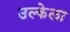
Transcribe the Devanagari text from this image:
उल्केला